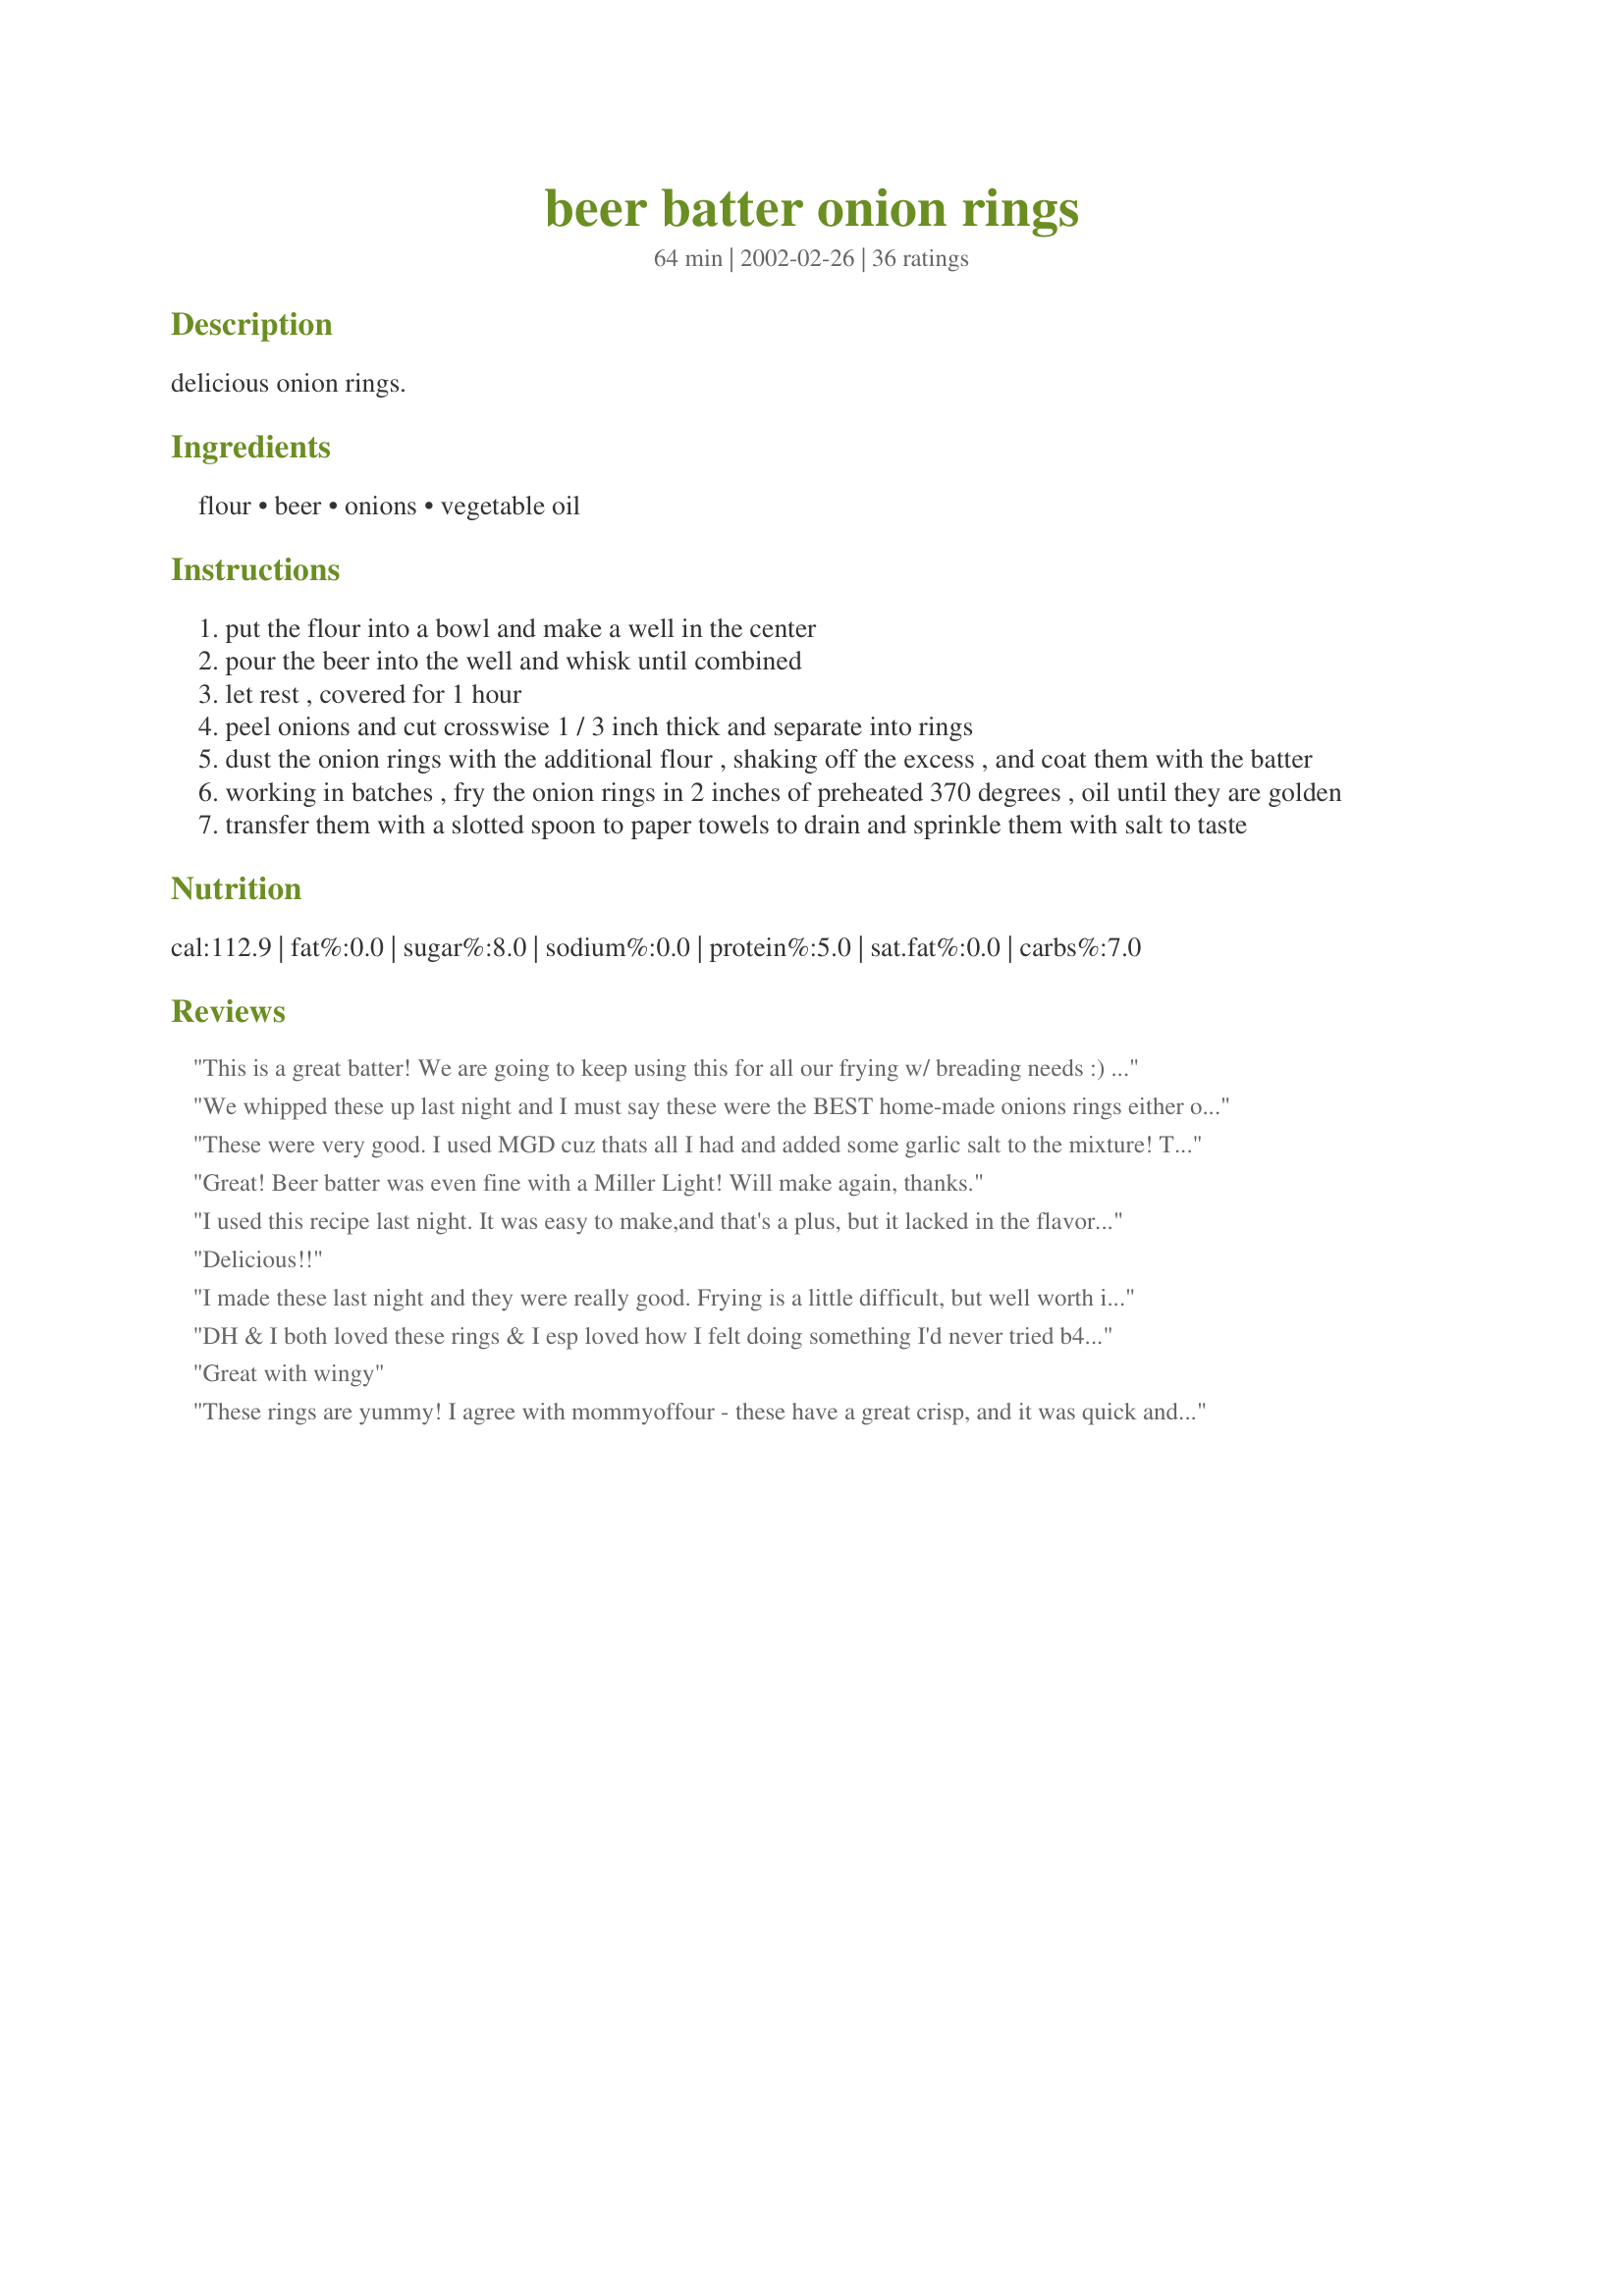
beer batter onion rings
Preparation time: 64 minutes

delicious onion rings.

Ingredients:
flour, beer, onions, vegetable oil

Steps:
put the flour into a bowl and make a well in the center
pour the beer into the well and whisk until combined
let rest , covered for 1 hour
peel onions and cut crosswise 1 / 3 inch thick and separate into rings
dust the onion rings with the additional flour , shaking off the excess , and coat them with the batter
working in batches , fry the onion rings in 2 inches of preheated 370 degrees , oil until they are golden
transfer them with a slotted spoon to paper towels to drain and sprinkle them with salt to taste

Reviews:
This is a great batter! We are going to keep using this for all our frying w/ breading needs :) LOL... Thanks for the post!
We whipped these up last night and I must say these were the BEST home-made onions rings either of us have ever had. I added garlic powder, kosher salt, and black pepper to the batter along with 8oz of Red Dog beer, Ummm! Light and golden, crisp and delicious. Thanks for sharing this extremely simple recipe with us!
These were very good. I used MGD cuz thats all I had and added some garlic salt to the mixture! Thanks Jodi!!!
Great! Beer batter was even fine with a Miller Light! Will make again, thanks.
I used this recipe last night. It was easy to make,and that's a plus, but it lacked in the flavor department. I added some hot sauce on the finished product, as well as some salt, which is a given. This will work, it just needs a little kick. They brown up nicely.
Delicious!!
I made these last night and they were really good. Frying is a little difficult, but well worth it! I did the first couple of batches a little too long and they got a bit too crisp to my liking, but the other batches were perfect! I had tried another recipe last week, but the batter was too thick (this one made without beer) and made them too soggy and they fell apart. Thanks for a great and simple recipe!
DH & I both loved these rings & I esp loved how I felt doing something I'd never tried b4. I used Egils (an Icelandic premium lager) & took a tiny detour from the prep because I thought it would work better for me. I put all the rings in a shaker bag w/1 heaping tbsp of flour, shook the heck out of it & then let them sit in the bag while the batter rested. I had no trouble w/the batter coating or frying, the crunch was great & I was amazed how little oil they absorbed. Despite review comments Re seasoning, I didn't add any as DH is on a severely sodium-restricted diet. I'd normally add salt (or Old Bay) for myself, but was glad I didn't after I dipped the 1st ring in some ketchup for a taste test. Yum! Thx for sharing this recipe. Good stuff! :-)
Great with wingy
These rings are yummy! I agree with mommyoffour - these have a great crisp, and it was quick and easy to make. I used Coors Light as my beer; I think this may have caused the flavor to turn out a little bland, so I took whtbxrmom's advice and added garlic powder, seasoned salt, and table salt to the batter. I also "double dipped" the battered ring into the flour and back into the batter again to get more batter on the ring. I'll definitely be making these again. Thanks, ThatJodiGirl!
Very straightforward. Simple ingredients, great results. For added flavor I used an ale instead of a lager like Budweiser. I used some of my home brew but think of something along the lines of Bass. For a sauce I used tabasco's chipotle sauce. Very desliscious!!
OMG my husband made these today and I ate so much I'm sick. He used Negra Modelo beer. We love it and will use this for beer batter fish and veggies.
WOW! Light, crispy, almost tempura like. I think it is the letting the batter sit that makes this work so well. I drink Modelo Especial and used that. I don't think a light beer would have much flavor for this recipe, but I don't think light beer has any flavor for drinking either. Vidalias would be nice, but I had some plain old yellow onions and they worked fine.
All I can say is WOW, great flavor, fried up nice and crispy; love them.
very easy, definately needed seasoning i only added salt and pepper and they turned out awesome. amazingly simple and better than most restaurants. my kids loved them, thanks
I made these with Canadian Burgers with Beer Braised Onions and Cheddar (since we were already cooking with beer). We used Samual Adams Light and felt these needed some spice. We made a couple batches and the second batch we added some seasoned salt to the oions, n dusted lightly with salt and they were perfect for our tatse. We will be making these again!
Made these for the second time tonight, really delicious, think might try adding a touch more cayenne and garlic powder to the batter and experiment with different beers.
Love this recipe! But as noted earlier, it is pretty bland. However, I had a spicy dip ready for these, so it didn&#039;t matter. If you are serving them without anything else, you&#039;ll want to add salt or seasoning to the batter. I tossed my rings in a bag with flour and let them sit alongside the batter for an hour. I used Guinness beer, which gave it a really great flavor. Crispy is an understatement, these are perfect onion rings!
I'm definitely going to use this very simple, and highly successful batter recipe for everything deep fried: fish, veggies, tofu, onion rings, hot dogs! I used Guinness because it's so thick and frothy; it worked marvellously!
This was good, but the next morning I regreted it because me and fried foods dont get along well but these sounded so good. LOL..I loved them though till I woke up the next day. I do like the idea of the batter quick and simple. Everyone else ate them though with no problem and said they were great so kudos to you Jodi
Pretty Good!! I used a miller lite, and followed the recipe except I added a teaspoon of Cajun Seasoning, and a 1/4 tsp of salt and pepper. THANKS!!
This recipe was great. I couldn't believe how simple it was either.
Excellent !!
Best ever. I read many of the reviews and added a dash of garlic powder and seasoning salt. I had a bottle of Corona extra on hand for the batter. One reviewer mentioned shaking the onion rings in a bag of flour and letting them sit while the batter rested...worked out very well. My husband said he also thought they were the best ever and really not at all greasy. I drained them on paper towels with parchment under (eases the clean up) and kept warm in a 250 oven. This will be a special treat repeat. Thank you.
These onion rings fry up nice. There is nothing worse than rings that are done on the outside but not quite on the inside. The only thing I might do differently is add some garlic powder or seasoned salt to the batter to give it a little more flavor. They went great with our grilled sausages. Thanks!
Made this twice. The first time as written. It was a little bland, probably because we couldn't add much salt afterward due to diet restrictions. The second time I added a tsp. of Old Bay Seasoning, a bit of salt and pepper to the batter after it sat for the hour. It didn't need any salt afterward. So tasty, golden and crispy and this will be used over and over again. Best ever!
Crispy but needs some seasoning. I only have enough batter for 1 onion.
These are such a perfect side. And easy, we loved the crisp on these. Thank you for sharing.
YUMMY...these were wonder full. I added a tad of salt, about 2 tsp each of pepper and garlic salt, and there were awesome!!!
So easy and wonderful to make!&lt;br/&gt;I used European Heineken and added some chilli powder in and wow!!!
SO BOMB!!! I'm a college student, currently studying the heck out of biology, starving, broke, you get the gist. Luckily i had some onions, flour, beer (of course), and a bit of seasoning and made these. LOVE IT!
This worked perfect. I added some Old Bay seasoning and black pepper is all.
Really good and really simple. My fav beer is a porter and it was awesome in this batter. I didn't use ANY seasoning but had dips and the rings didn't need anything else. I used the leftover batter to coat a skinless chicken breast and it was also awesome. Golden brown is the perfect color for these, don't over fry them.
Very good- I made it using Hefeweisen and you could definitely taste the beer. I also added a dash of salt, garlic salt, and pepper to the batter. They were a hit at the Superbowl party.
I use this recipe with one onion, and the rest of the batter for shrimp, sometimes dipped in coconut.
Really nice classic onion ring with a nice crispy exterior and perfectly done interior. I used a nice wheat beer, vidallia onions, and kosher salt
